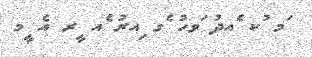
ަމ ުކ ެއދު ަވހު ެގ ިއރު ެއ ީރ އެ ީމ